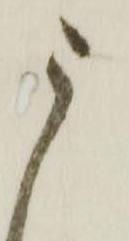
う